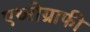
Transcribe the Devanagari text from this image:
एथ्नोग्राफी